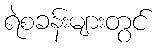
ရဲစခန်းများတွင်